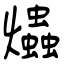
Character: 爞